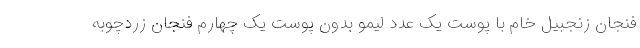
فنجان زنجبیل خام با پوست یک عدد لیمو بدون پوست یک چهارم فنجان زردچوبه